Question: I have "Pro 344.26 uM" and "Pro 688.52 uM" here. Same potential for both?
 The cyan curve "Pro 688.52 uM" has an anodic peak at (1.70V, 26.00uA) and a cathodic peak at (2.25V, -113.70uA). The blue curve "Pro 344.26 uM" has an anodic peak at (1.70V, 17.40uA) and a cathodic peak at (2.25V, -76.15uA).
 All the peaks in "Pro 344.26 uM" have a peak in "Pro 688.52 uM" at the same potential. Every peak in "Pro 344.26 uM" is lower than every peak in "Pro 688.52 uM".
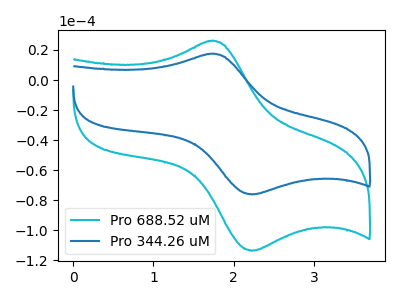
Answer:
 <answer>"Pro 344.26 uM" and "Pro 688.52 uM" are similar in shape.</answer>
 <eval>same_shape</eval>